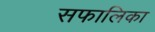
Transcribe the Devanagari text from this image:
सफालिका